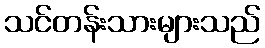
သင်တန်းသားများသည်